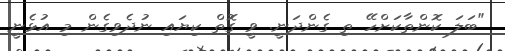
"ބަލަ ކޮންތާކަށްހޭ ތި ގެންދަނީ. ވީ ގޮތް ކިޔައި ނުދެވިގެން މި އުޅެނީ